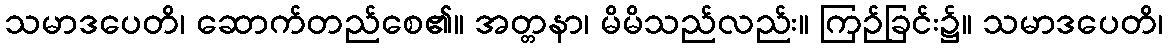
သမာဒပေတိ၊ ဆောက်တည်စေ၏။ အတ္တနာ၊ မိမိသည်လည်း။ ကြဉ်ခြင်း၌။ သမာဒပေတိ၊